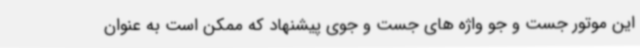
این موتور جست و جو واژه های جست و جوی پیشنهاد که ممکن است به عنوان